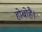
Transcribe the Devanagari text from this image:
होबोहै।